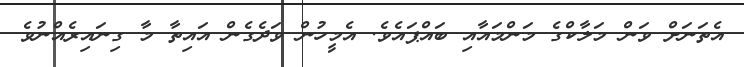
އެތަނަށް ވަން މަލާކްގެ މަންމައާއި ބައްޕައެވެ. އެމީހުން ވަދެގެން އައިތާ މާ ގިނައިރެއްނުވެ